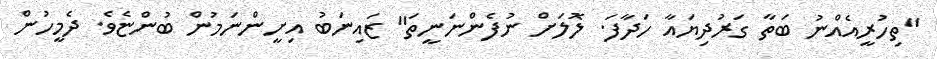
"ތިހުރީއެއްނު ބަތާ ގަރުދިޔައާ ހަދާފަ. ލޮލަށް ނުފެންނަނީތަ" ޒައިނަބު އިށީންނަމުން ބުންޏެވެ. ދެމީހުން